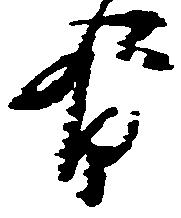
有